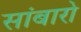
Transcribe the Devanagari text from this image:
सांबारो